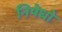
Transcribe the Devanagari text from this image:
निषेधो